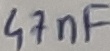
Text: 47nF